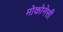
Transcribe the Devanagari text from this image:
मोकोनेसी